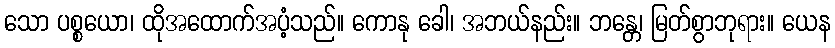
သော ပစ္စယော၊ ထိုအထောက်အပံ့သည်။ ကောနု ခေါ၊ အဘယ်နည်း။ ဘန္တေ၊ မြတ်စွာဘုရား။ ယေန